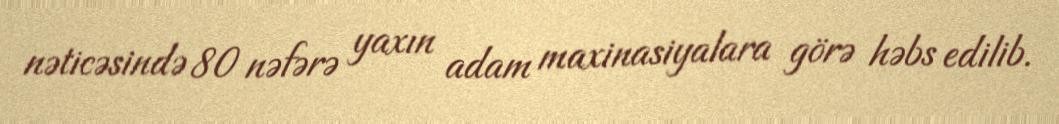
nəticəsində 80 nəfərə yaxın adam maxinasiyalara görə həbs edilib.